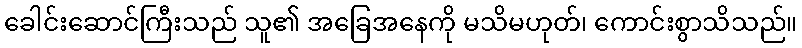
ခေါင်းဆောင်ကြီးသည် သူ၏ အခြေအနေကို မသိမဟုတ်၊ ကောင်းစွာသိသည်။